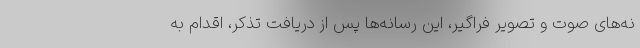
نه‌های صوت و تصویر فراگیر، این رسانه‌ها پس از دریافت تذکر، اقدام به